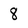
Character: 8